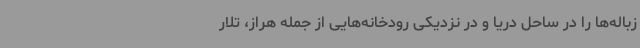
زباله‌ها را در ساحل دریا و در نزدیکی رودخانه‌هایی از جمله هراز، تلار